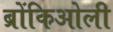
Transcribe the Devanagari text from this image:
ब्रोंकिओली